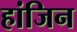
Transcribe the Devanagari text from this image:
हांजिन